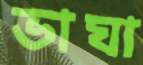
ভাঘা